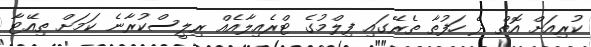
ކުރިއަށް އޮތް ދެ ހަފުތާ ތެރޭގައި ފިލްމުގެ ޓްރެއިލާއެއް ރިލީސްކުރާނެ ކަމަށް ތިއޭޓާ